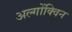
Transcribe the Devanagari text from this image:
अल्गोंक्विन